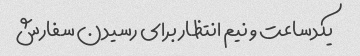
یکدساعت و نیم انتظار برای رسیدن سفارش